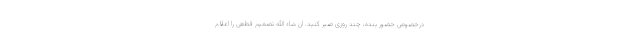
درخصوص حضور بنده، چند روزی صبر کنید. ان شاء الله تصمیم قطعی را اعلام